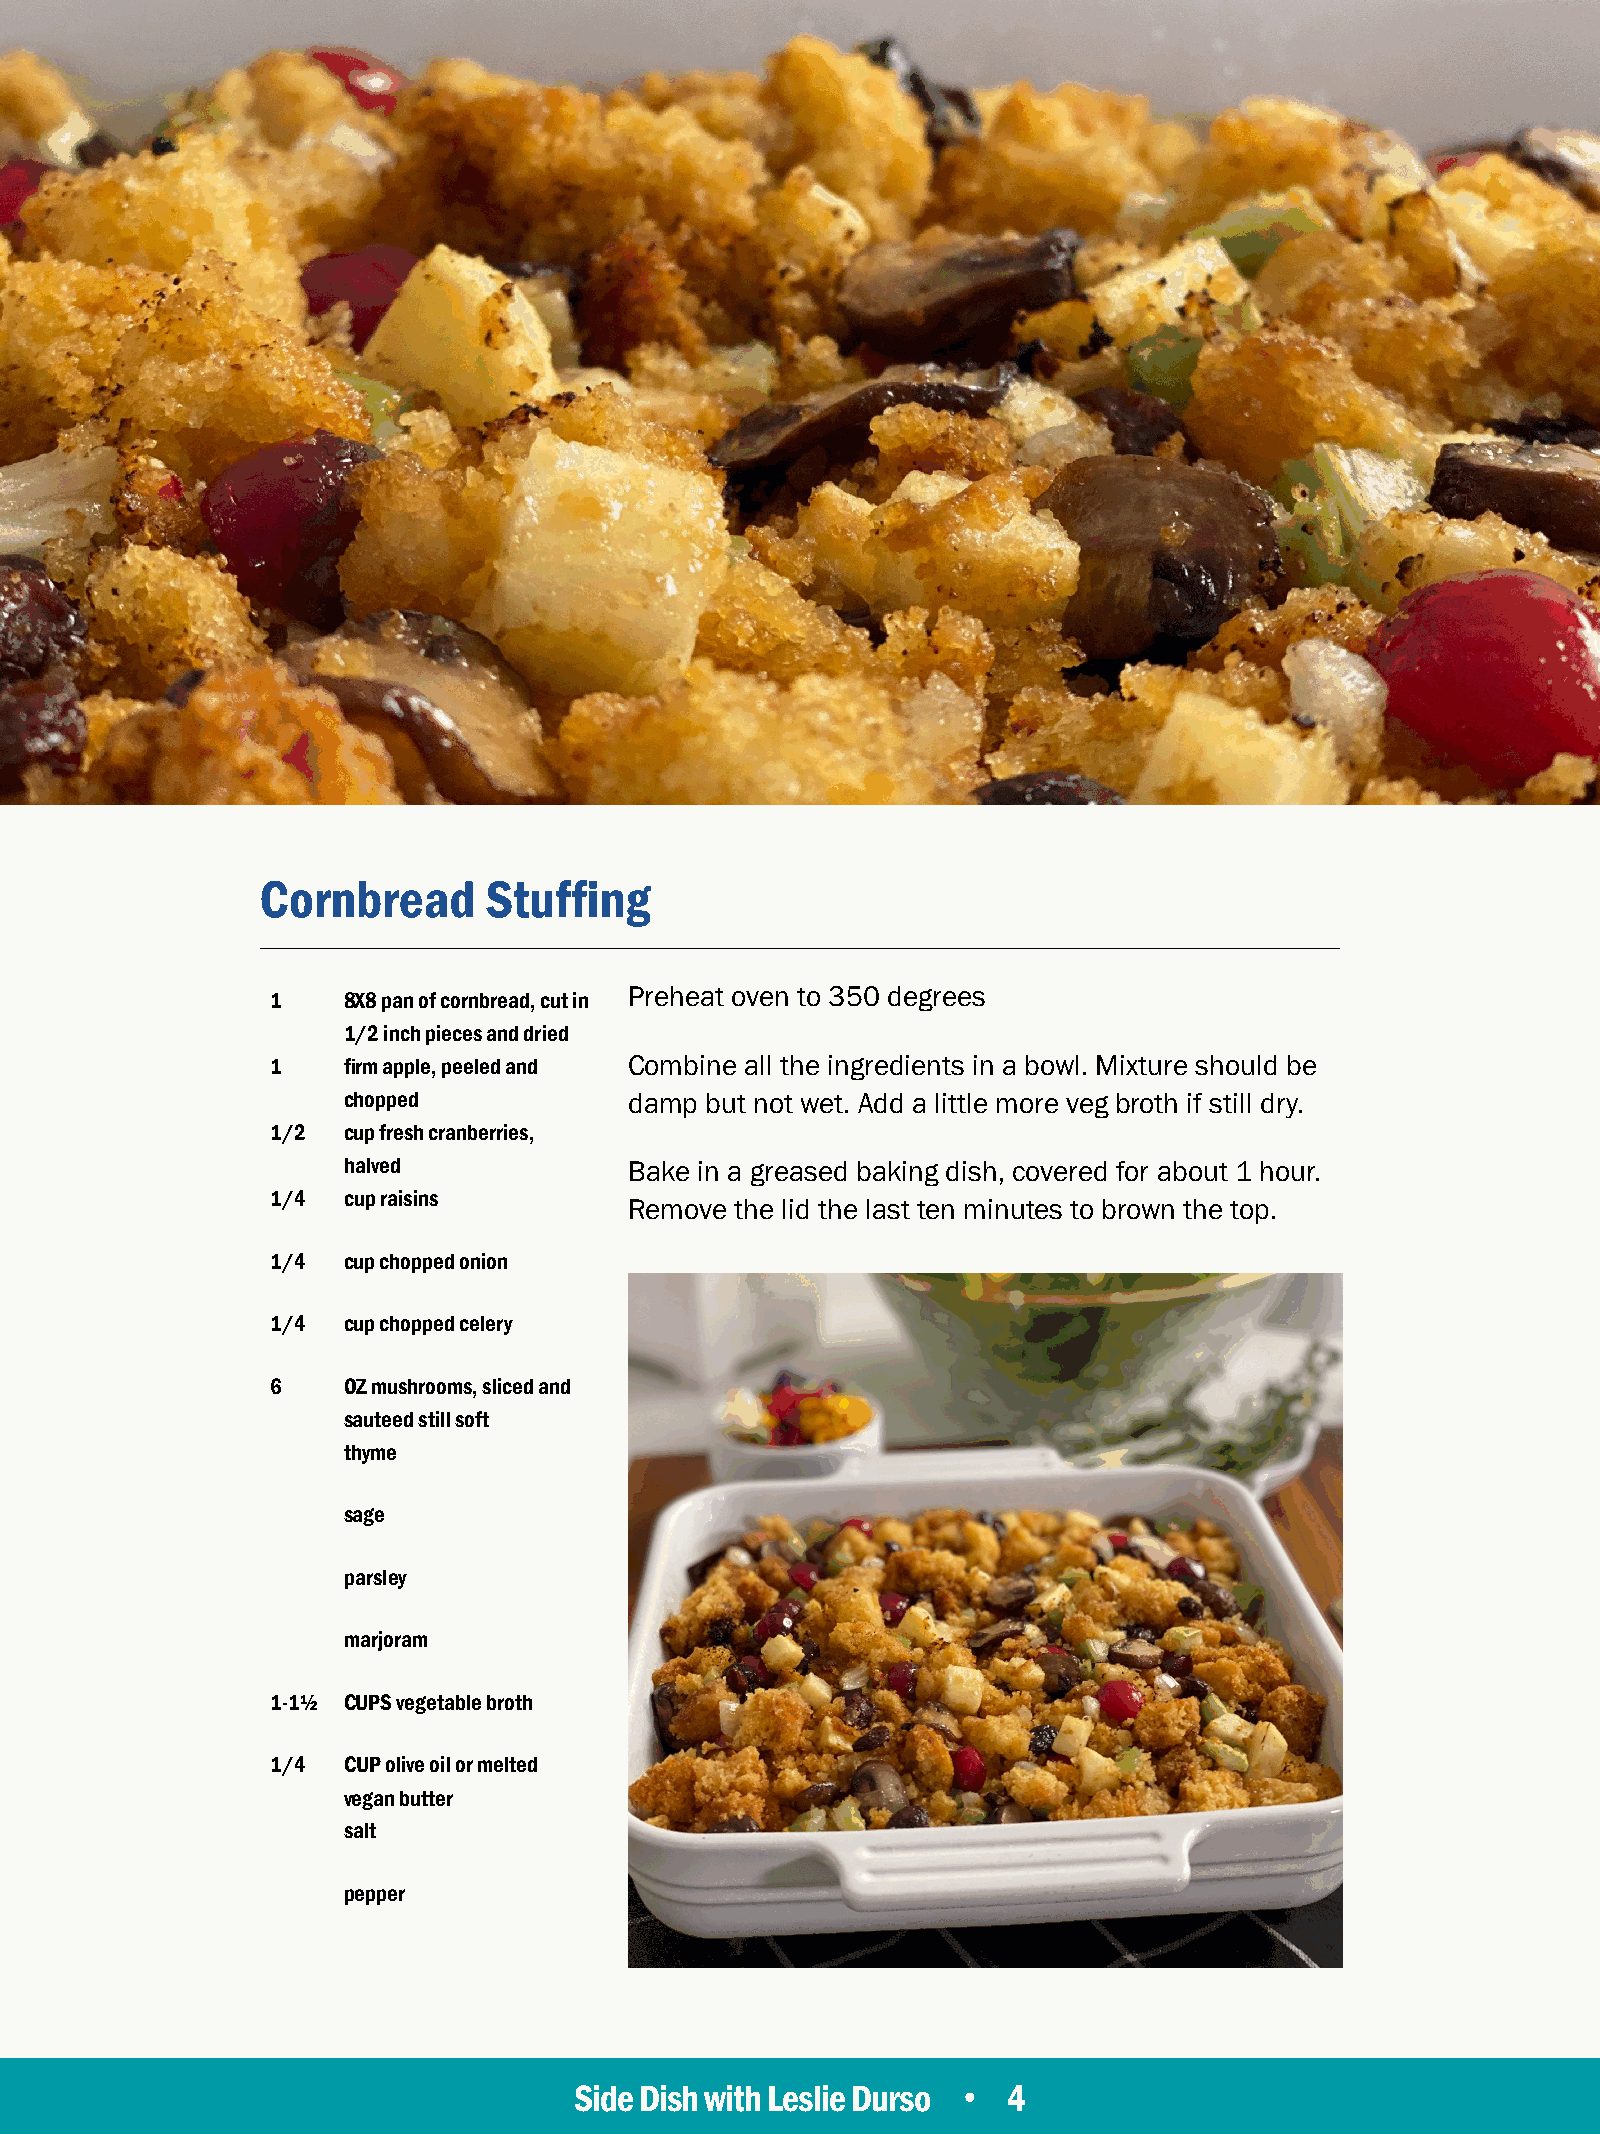
Cornbread      Stuffing
 1    8X8 pan of cornbread, cut in Preheat oven to 350 degrees
 1/2 inch pieces and dried
 1    firm apple, peeled and Combine all the ingredients in a bowl. Mixture should be
 chopped            damp but not wet. Add a little more veg broth if still dry.
 1/2  cup fresh cranberries,
 halved             Bake in a greased baking dish, covered for about 1 hour.
 1/4  cup raisins
 Remove the lid the last ten minutes to brown the top.
 1/4  cup chopped onion
 1/4  cup chopped celery
 6    OZ mushrooms, sliced and
 sauteed still soft
 thyme
 sage
 parsley
 marjoram
 1-1½ CUPS vegetable broth
 1/4  CUP olive oil or melted
 vegan butter
 salt
 pepper
 Side Dish with Leslie Durso • 4